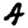
Digit: 4